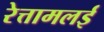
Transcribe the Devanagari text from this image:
रेत्तामलई